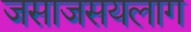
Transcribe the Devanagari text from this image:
जसाजसयलाग